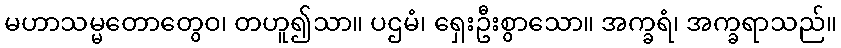
မဟာသမ္မတောတွေဝ၊ တဟူ၍သာ။ ပဌမံ၊ ရှေးဦးစွာသော။ အက္ခရံ၊ အက္ခရာသည်။